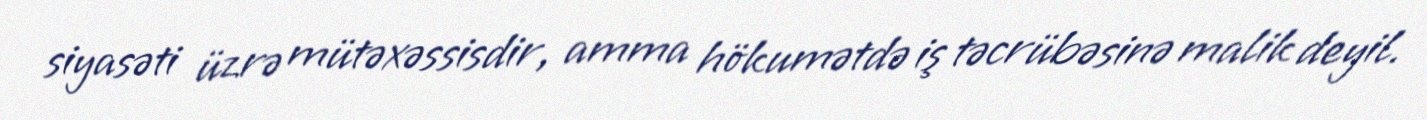
siyasəti üzrə mütəxəssisdir, amma hökumətdə iş təcrübəsinə malik deyil.